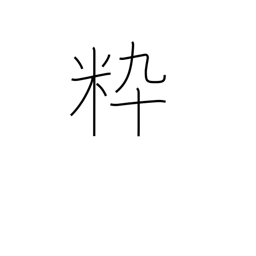
Meaning: chic